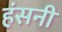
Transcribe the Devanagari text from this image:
हंसनी